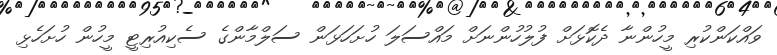
ވައްކަންކުރި މީހުންނާ ދެކޮޅަށް ފުލުހުންނަށް މައްސަލަ ހުށަހަޅަން ސަލްމާންގެ ސެކިއުރިޓީ މީހުން ހުށަހެޅި